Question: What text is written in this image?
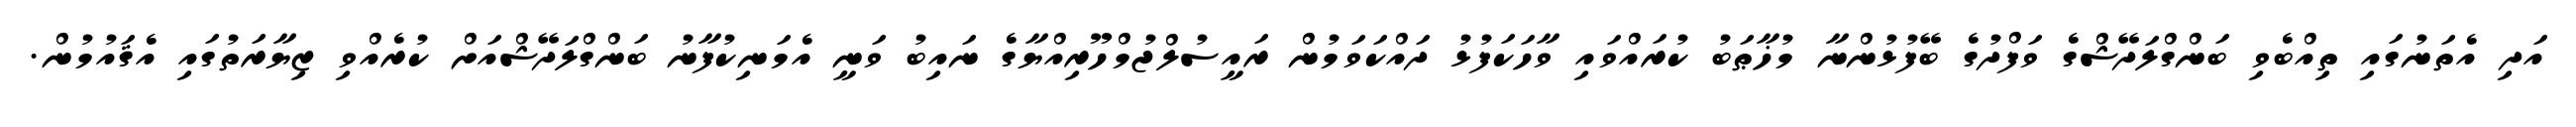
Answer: އަދި އެތަނުގައި ތިއްބެވި ބަންގްލަދޭޝްގެ ވަފްދުގެ ބޭފުޅުންނާ މުޚާޠަބު ކުރައްވައި ވާހަކަފުޅު ދައްކަވަމުން ރައީސުލްޖުމްހޫރިއްޔާގެ ނައިބު ވަނީ އެމަނިކުފާނު ބަންގްލަދޭޝްއަށް ކުރެއްވި ޒިޔާރަތުގައި އެޤައުމުން.